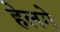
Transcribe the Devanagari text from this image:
हेलगे